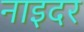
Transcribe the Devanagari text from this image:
नाइदर